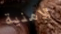
الامنية